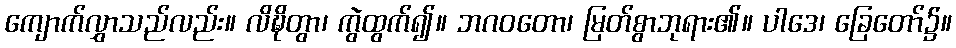
ကျောက်လွှာသည်လည်း။ လိဍ္ဎိတွာ၊ ကွဲထွက်၍။ ဘဂဝတော၊ မြတ်စွာဘုရား၏။ ပါဒေ၊ ခြေတော်၌။